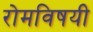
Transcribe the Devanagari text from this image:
रोमविषयी